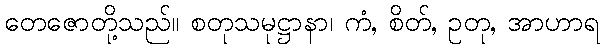
တေဇောတို့သည်။ စတုသမုဋ္ဌာနာ၊ ကံ, စိတ်, ဥတု, အာဟာရ